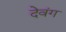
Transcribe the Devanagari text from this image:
देवंग